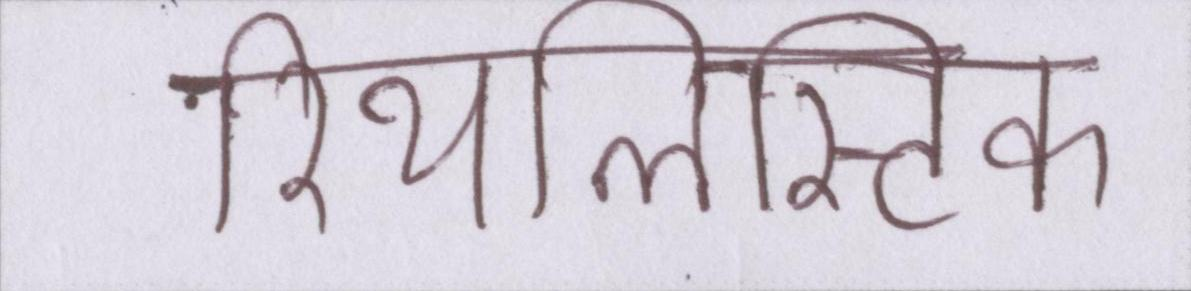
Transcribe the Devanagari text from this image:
रियलिस्टिक